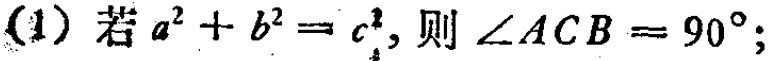
(1) 若$a^{2}+b^{2}=c^{2}$，则$\angle ACB = 90^{\circ}$；